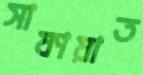
সাফায়াত